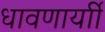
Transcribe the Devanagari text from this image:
धावणार्याी